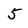
Character: 5